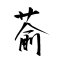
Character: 萮